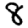
Digit: 8